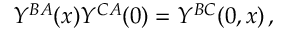
{ \cal Y } ^ { B A } ( x ) { \cal Y } ^ { C A } ( 0 ) = { \cal Y } ^ { B C } ( 0 , x ) \, ,